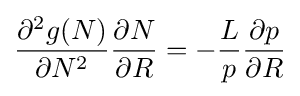
{\frac {\partial ^{2}g(N)}{\partial N^{2}}}{\frac {\partial N}{\partial R}}=-{\frac {L}{p}}{\frac {\partial p}{\partial R}}